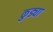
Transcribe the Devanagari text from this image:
कुड्या